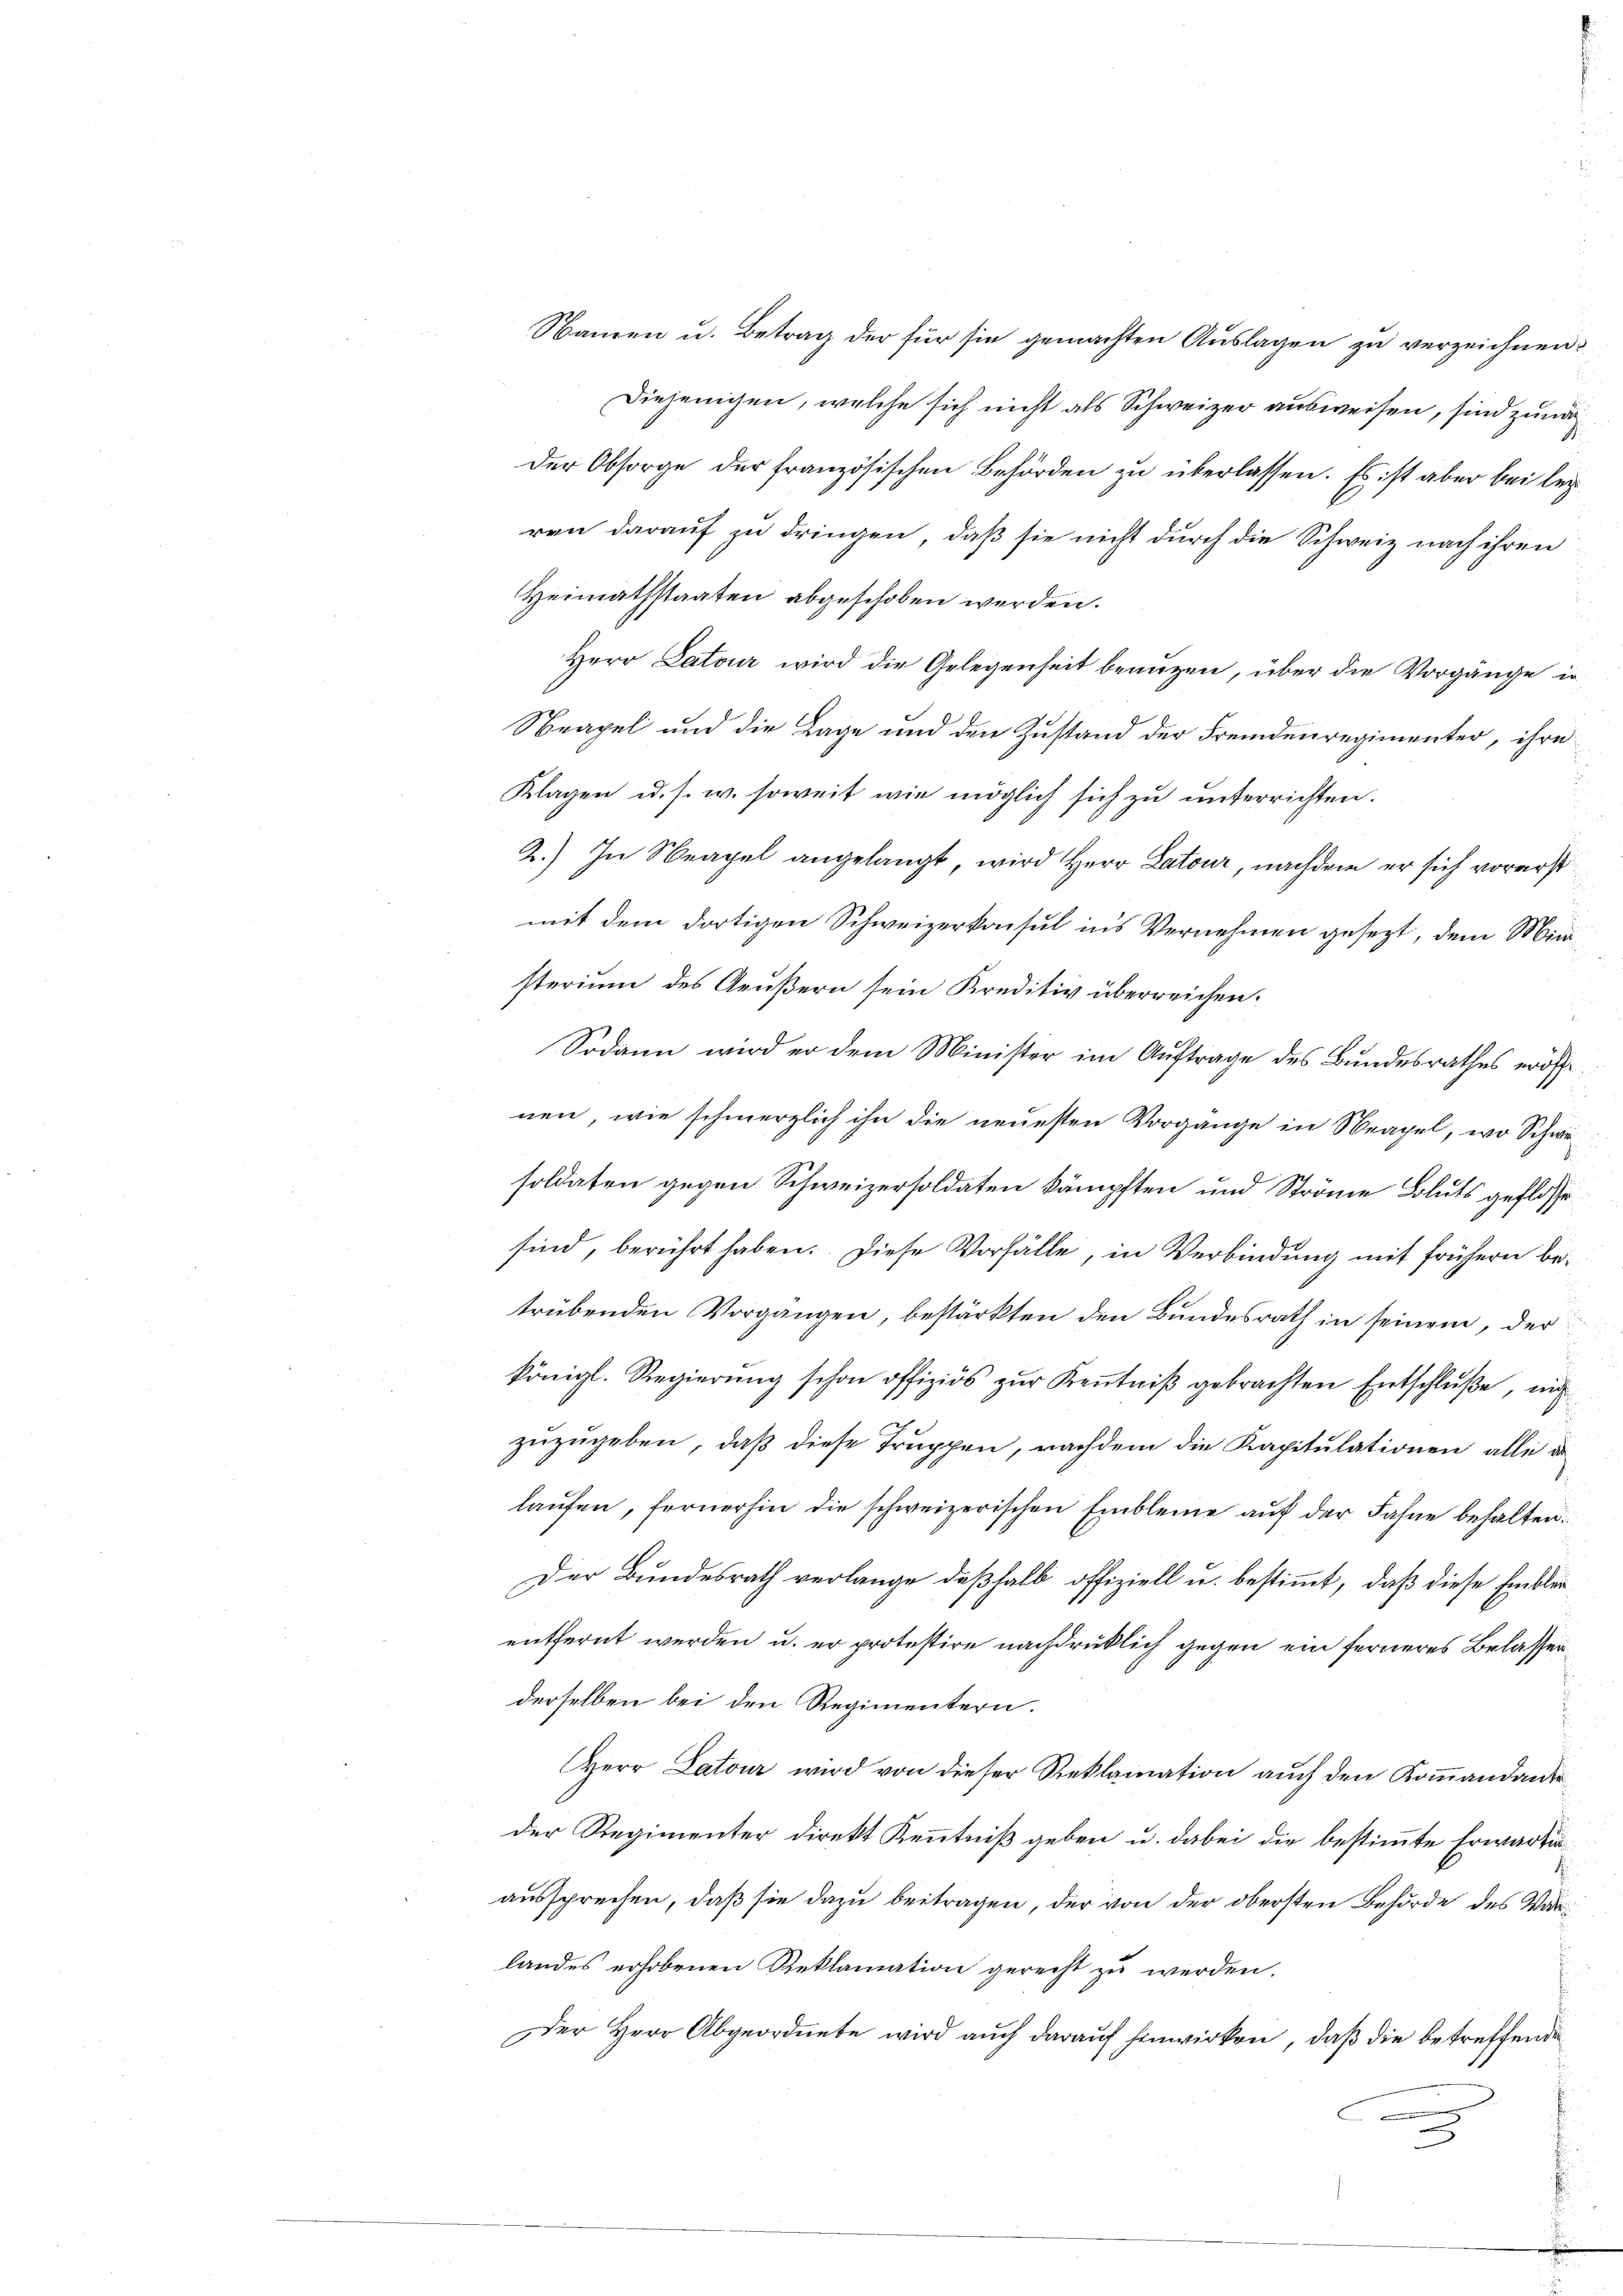
Namen u. Betrag der für sie gemachten Auslagen zu verzeichnen.
Diejenigen, welche sich nicht als Schweizer ausweisen, sind zum
Der Obsorge der französischen Behörden zu überlassen. Es ist aber bei lei
ren darauf zu dringen, daß sie nicht durch die Schweiz nach ihren
Heimathstaaten abgeschoben werden.
Herr Latour wird die Gelegenheit benuzen, über die Vorgänge in
Neapel und die Lage und den Zustand der Fremdenregimenter, ihre
Klagen u. s. w. soweit wie möglich sich zu unterrichten.
2.) In Neapel angelangt, wird Herr Latour, nachdem er sich vorerst
mit dem dortigen Schweizerkonsul in’s Vernehmen gesezt, dem Ministerium des Aeußern sein Kreditiv überreichen.
Sodann wird er dem Minister im Auftrage des Bundesrathes eröffenen, wie schmerzlich ihn die neuesten Vorgange in Neapel, wo Schwesoldaten gegen Schweizersoldaten kämpften und Ströme Bluts geflossesind, berührt haben. Diese Vorfälle, in Verbindung mit frühern betrübenden Vorgangen, bestärkten den Bundesrath in seinem, der
königl. Regierŭng schon offiziös zŭr Keṅtniβ gebrachten Entschlŭβe, nich
zŭzŭgeben, daß diese Truppen, nachdem die Kapitulationen alle de
laŭfen, fernerhin die schweizerischen Embleine aŭf der Fahne behalten.
Der Bundesrath verlange deßhalb offiziell u. bestimmt, daß diese Einblurentfernt werden u. er protestire nachdrüklich gegen ein ferneres Belassenderselben bei den Regimentern.
Herr Latour wird von dieser Reklamation auch den Kommandante
der Regimenter direkt Kenntniß geben u. dabei die bestimmte Erwartun
aussprechen, daß sie dazu beitragen, der von der obersten Behörde des Wa
landes erhobenen Reklamation gerecht zŭ werden.
Der Herr Abgeordnete wird aŭch daraŭf hinwirken, daβ die betreffende
.